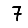
Digit: 7